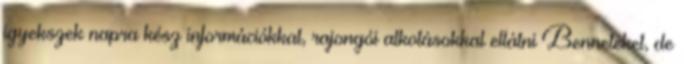
igyekszek napra kész információkkal, rajongói alkotásokkal ellátni Benneteket, de